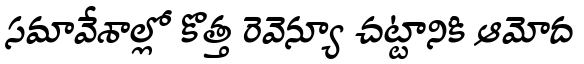
సమావేశాల్లో కొత్త రెవెన్యూ చట్టానికి ఆమోద